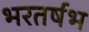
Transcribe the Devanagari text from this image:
भरतर्षभ